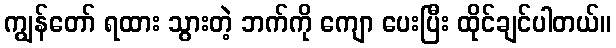
ကျွန်တော် ရထား သွားတဲ့ ဘက်ကို ကျော ပေးပြီး ထိုင်ချင်ပါတယ်။